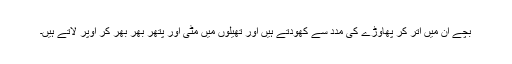
بچے اْن میں اْتر کر پھاوڑے کی مدد سے کھودتے ہیں اور تھیلوں میں مٹی اور پتھر بھر بھر کر اوپر لاتے ہیں۔